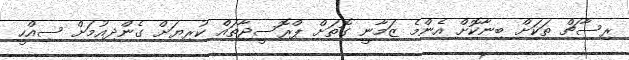
ރިސާޗް ތަކަށް ބިނާކޮށް އެންމެ ޒަމާނީ ގޮތަށް ޕްރޮސީޖާތައް ކުރިޔަށް ގެންދިއުމަށް ސިއްހީ